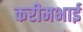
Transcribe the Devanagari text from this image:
करीमभाई